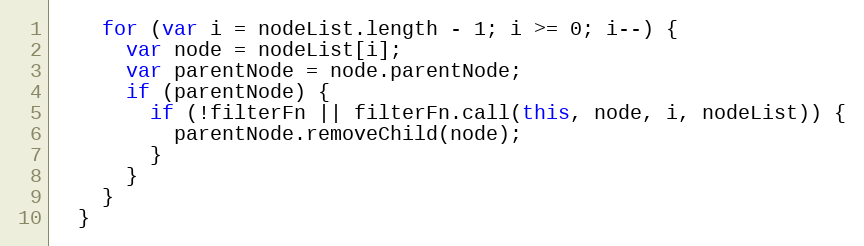
Language: JavaScript
    for (var i = nodeList.length - 1; i >= 0; i--) {
      var node = nodeList[i];
      var parentNode = node.parentNode;
      if (parentNode) {
        if (!filterFn || filterFn.call(this, node, i, nodeList)) {
          parentNode.removeChild(node);
        }
      }
    }
  }